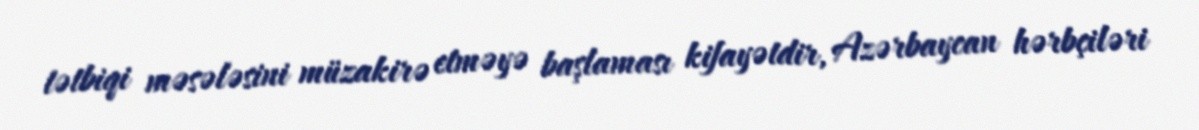
tətbiqi məsələsini müzakirə etməyə başlaması kifayətdir, Azərbaycan hərbçiləri